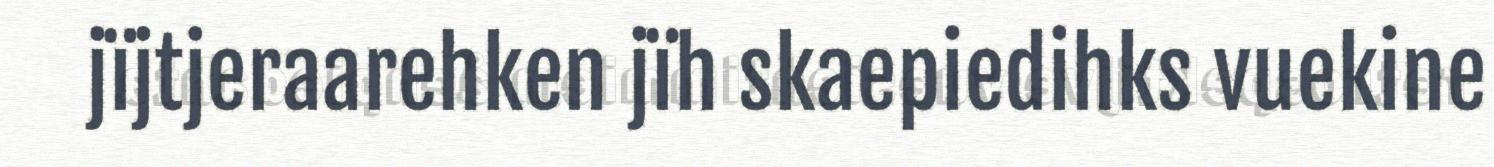
jïjtjeraarehken jïh skaepiedihks vuekine